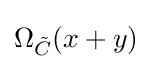
\Omega _{\tilde {C}}(x+y)